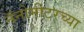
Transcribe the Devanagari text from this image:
नॅनोमीटरच्या